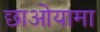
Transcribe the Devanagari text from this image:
छाओयामा